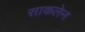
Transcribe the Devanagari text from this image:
साकलेन